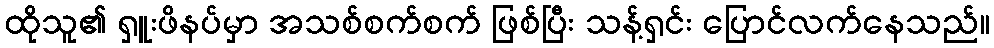
ထိုသူ၏ ရှူးဖိနပ်မှာ အသစ်စက်စက် ဖြစ်ပြီး သန့်ရှင်း ပြောင်လက်နေသည်။